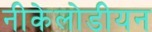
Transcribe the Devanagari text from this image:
नीकेलोडीयन